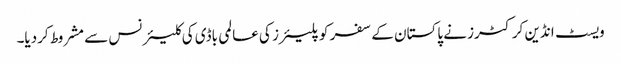
ویسٹ انڈین کرکٹرز نے پاکستان کے سفر کو پلیئرز کی عالمی باڈی کی کلیئرنس سے مشروط کردیا۔